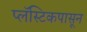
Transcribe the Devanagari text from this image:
प्लॅस्टिकपासून